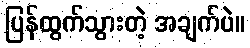
ပြန်ထွက်သွားတဲ့ အချက်ပဲ။